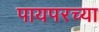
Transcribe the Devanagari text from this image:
पायपरच्या